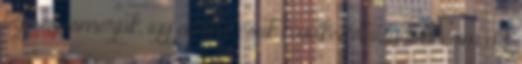
teljesen ismerjük, így enélkül csak következtetni tudunk, ám azt